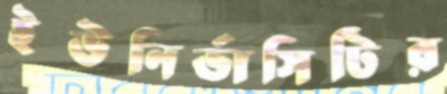
ইউনির্ভাসিটির